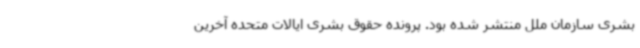
بشری سازمان ملل منتشر شده بود. پرونده حقوق بشری ایالات متحده آخرین